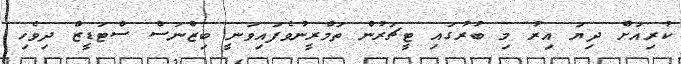
ކުރިއަށް ދިޔަ އިރު މި ބުރުގައި ޓީޗަރުން ތަމްރީނުވެފައިވަނީ ބިޒްނަސް ސްޓަޑީޒް ދިވެހި